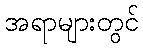
အရာများတွင်